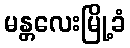
မန္တလေးမြို့ခံ